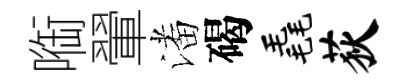
㗸翬潘碣毳荻